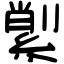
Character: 𦂗